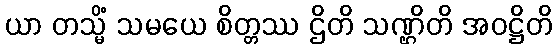
ယာ တသ္မိံ သမယေ စိတ္တဿ ဌိတိ သဏ္ဌိတိ အဝဋ္ဌိတိ